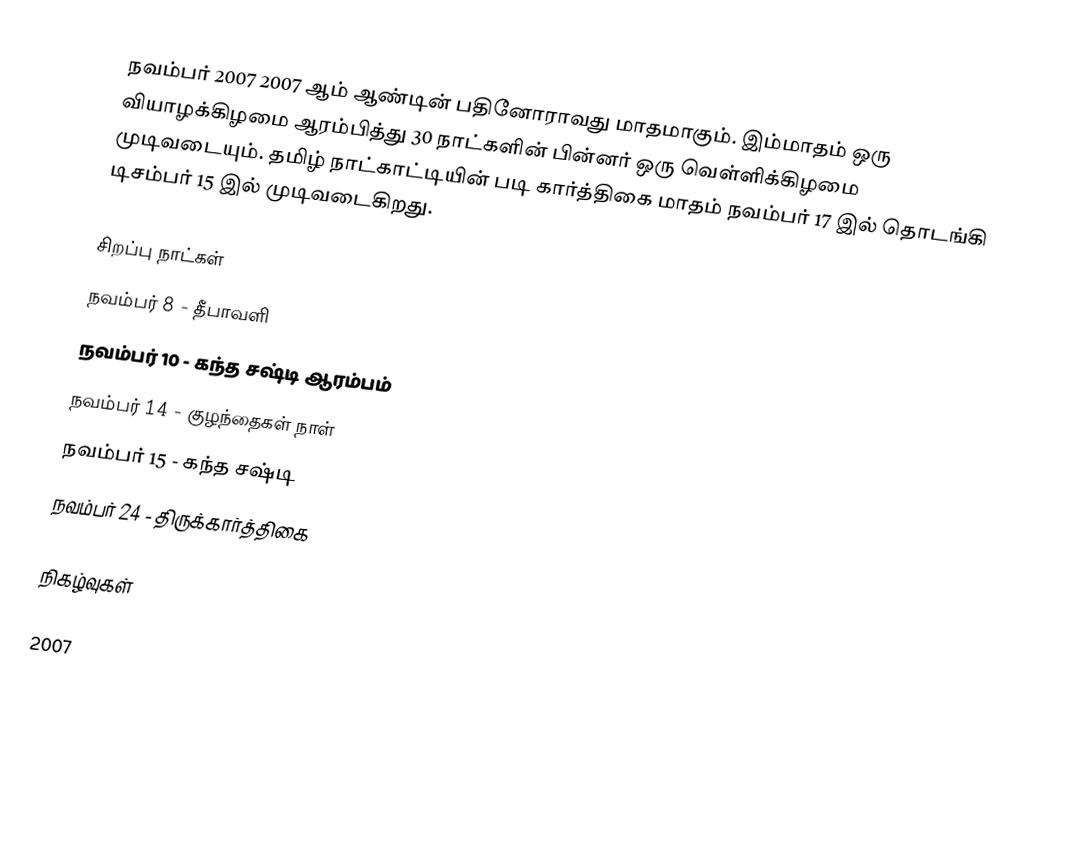
நவம்பர் 2007 2007 ஆம் ஆண்டின் பதினோராவது மாதமாகும். இம்மாதம் ஒரு வியாழக்கிழமை ஆரம்பித்து 30 நாட்களின் பின்னர் ஒரு வெள்ளிக்கிழமை முடிவடையும். தமிழ் நாட்காட்டியின் படி கார்த்திகை மாதம் நவம்பர் 17 இல் தொடங்கி டிசம்பர் 15 இல் முடிவடைகிறது.

சிறப்பு நாட்கள்
 நவம்பர் 8 - தீபாவளி
 நவம்பர் 10 - கந்த சஷ்டி ஆரம்பம்
 நவம்பர் 14 - குழந்தைகள் நாள்
 நவம்பர் 15 - கந்த சஷ்டி
 நவம்பர் 24 - திருக்கார்த்திகை

நிகழ்வுகள்

2007